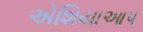
એશિયાઆપ